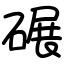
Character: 碾